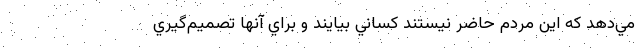
مي‌دهد كه اين مردم حاضر نيستند كساني بيايند و براي آنها تصميم‌گيري